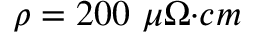
\rho = 2 0 0 \ { \mu } { \Omega } { { · } } { c m }